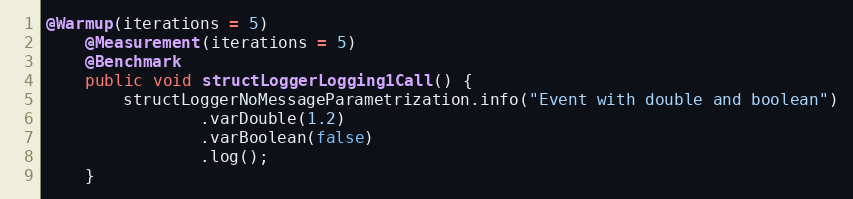
Language: Java
@Warmup(iterations = 5)
    @Measurement(iterations = 5)
    @Benchmark
    public void structLoggerLogging1Call() {
        structLoggerNoMessageParametrization.info("Event with double and boolean")
                .varDouble(1.2)
                .varBoolean(false)
                .log();
    }